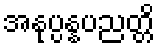
အနုပ္ပန္နပညတ္တိ